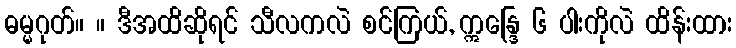
ဓမ္မဂုတ်။ ။ ဒီအထိဆိုရင် သီလကလဲ စင်ကြယ်, ဣန္ဒြေ ၆ ပါးကိုလဲ ထိန်းထား